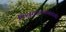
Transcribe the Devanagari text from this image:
पितृसत्तात्मकव्यवस्था